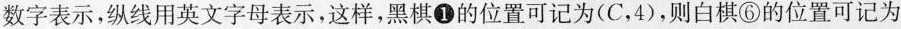
数字表示，纵线用英文字母表示，这样，黑棋①的位置可记为(C，4)，则白棋⑥的位置可记为